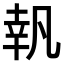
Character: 𠙜